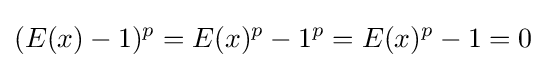
(E(x)-1)^{p}=E(x)^{p}-1^{p}=E(x)^{p}-1=0